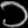
Digit: ၁